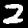
Label: 2